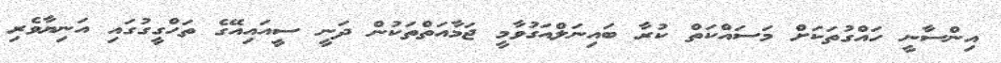
އިންސާނީ ހައްގުތަކަށް މަސައްކަތް ކުރާ ބައިނަލްއަގުވާމީ ޖަމާއަތްތަކުން ދަނީ ސީއައިއޭގެ ތަހްގީގުގައި އަނިޔާވެރި